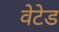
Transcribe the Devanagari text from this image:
वेटेड